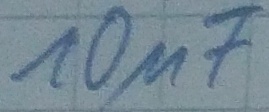
Text: 10µF